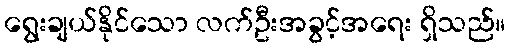
ရွေးချယ်နိုင်သော လက်ဦးအခွင့်အရေး ရှိသည်။